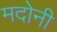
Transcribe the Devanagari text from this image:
मदोनी